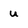
Character: u